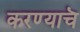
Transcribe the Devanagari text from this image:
करण्याचॆ